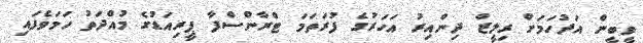
ވީބީން އަދުހަމަށް ރިލީޒް ދިންއިރު އަހަރުގެ ފުރަތަމަ ޓްރާންސްފާ ޕީރިއަޑުގެ މުއްދަތު ހަމަވެފައި